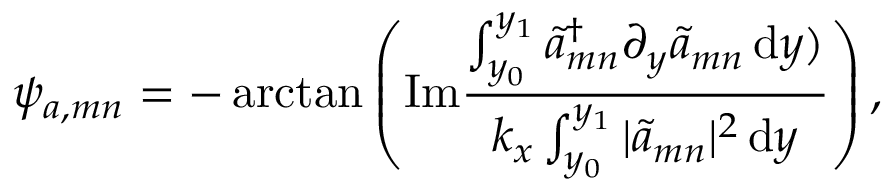
\psi _ { a , m n } = - \arctan \left( \mathrm { I m } \frac { \int _ { y _ { 0 } } ^ { y _ { 1 } } \widetilde { a } _ { m n } ^ { \dag } \partial _ { y } \widetilde { a } _ { m n } { \, \mathrm { { d } } } y ) } { k _ { x } \int _ { y _ { 0 } } ^ { y _ { 1 } } | \widetilde { a } _ { m n } | ^ { 2 } { \, \mathrm { { d } } } y } \right) ,